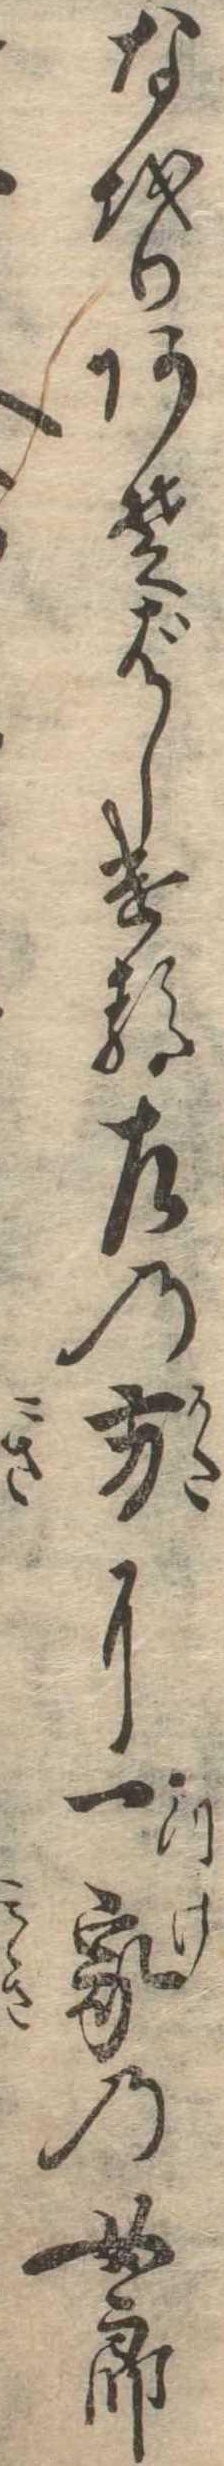
なをりあそばしける左の方に一家の女郎